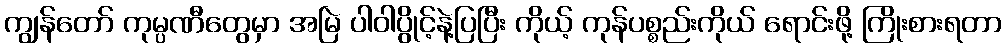
ကျွန်တော် ကုမ္ပဏီတွေမှာ အမြဲ ပါဝါပွိုင့်နဲ့ပြပြီး ကိုယ့် ကုန်ပစ္စည်းကိုယ် ရောင်းဖို့ ကြိုးစားရတာ